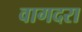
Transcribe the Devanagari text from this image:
वागदरा